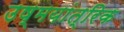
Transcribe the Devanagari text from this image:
उष्मयांत्रिक